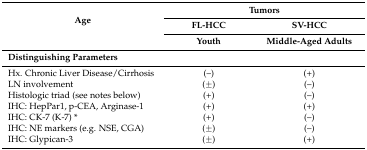
<table><thead><tr><td rowspan="3"><b>Age</b></td><td colspan="2"><b>Tumors</b></td></tr><tr><td><b>FL-HCC</b></td><td><b>SV-HCC</b></td></tr><tr><td><b>Youth</b></td><td><b>Middle-Aged Adults</b></td></tr></thead><tbody><tr><td colspan="3"><b>Distinguishing Parameters</b></td></tr><tr><td>Hx. Chronic Liver Disease/Cirrhosis</td><td>(–)</td><td>(+)</td></tr><tr><td>LN involvement</td><td>(±)</td><td>(–)</td></tr><tr><td>Histologic triad (see notes below)</td><td>(+)</td><td>(–)</td></tr><tr><td>IHC: HepPar1, p-CEA, Arginase-1</td><td>(+)</td><td>(+)</td></tr><tr><td>IHC: CK-7 (K-7) *</td><td>(+)</td><td>(–)</td></tr><tr><td>IHC: NE markers (e.g. NSE, CGA)</td><td>(±)</td><td>(–)</td></tr><tr><td>IHC: Glypican-3</td><td>(±)</td><td>(+)</td></tr></tbody></table>